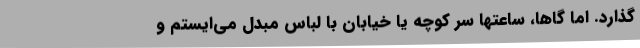
‌گذارد. اما گاها، ساعتها سر کوچه یا خیابان با لباس مبدل می‌ایستم و